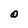
Character: o